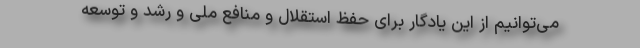
می‌توانیم از این یادگار برای حفظ استقلال و منافع ملی‌ و رشد و توسعه